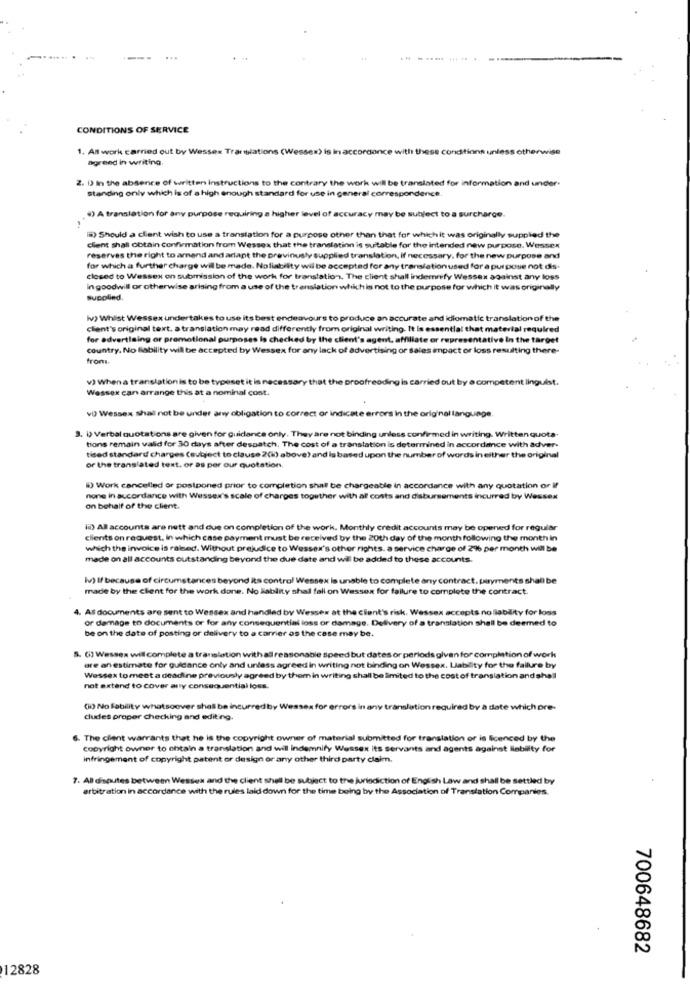
... ...... .....
CONDITIONS OF SERVICE
1. All work carried out by Wessex Translations (Wessex) is in accordance with these conditions unle
sotherwise
agreed in writing
2. D) in the absence of written instructions to the contrary the work will be translated for information and under.
standing only which is of a high enough standard for use in general correspondence
4) A translation for any purpose requiring a higher level of accuracy may be subject to a surcharge.
I) Should a client wish to use a translation for a purpose other than that for which it was originally supplied the
client shall Obtain Confirmation from Wessex that the translation is suitable for the intended new purpose. Wessex
reserves the right to amend and arlant the previously supplied translation, if necessary, for the new purpose and
for which a further charge wil be made. Noliability wil be accepted for any translation used for e purpose not dis.
closed to Wessex on submission of the work for translation. The client shall indemnify Wessex against any loss
in goodwill or otherwise arising from a use of the tr
islation which is not to the purpose for which it was originally
supplied.
Iv) Whist Wessex undertakes to use its best endeavours to produce an accurate and idiomatic translation of the
client's original text. a translation may read differently from original writing. It is essential that material required
for advertising or promotional purposes is checked by the client's agent, affiliate or representative In the target
country. No liability will be accepted by Wessex for any lack of advertising or sales impact or loss resulting there-
from
v) When a translation is to be typeset it is necessary that the proofreading is carried out by a competent linguist.
Wessex can arrange this at a nominal cost.
vQ Wessex shall not be under any obligation to correct or indicate errors in the original language.
3. I) Verbal quotations are given for guidance only. They are not binding unless confirmed in writing. Written quota-
tions remain valid for 30 days after despatch, The cost of a translation is determined in accordance with adver-
tised standard charges (subject to clause 200) above) and is based upon the number of words in either the original
of the translated text. or as per our quotation.
W) Work cancelled or postponed prior to completion shall be chargeable in accordance with any quotation or if
none in aucordance with Wessex's scale of charges together with af costs and disbursements incurred by Wessex
on behalf of the client.
is) All accounts are nett and due on completion of the work. Monthly credit accounts may be opened for regular
clients on request, In which case payment must be received by the 20th day of the month following the month in
which the invoice is raised. Without prejudice to Wessex's other rights. a service charge of 2% per month will be
made on all accounts outstanding beyond the due date and will be added to these accounts.
Iv) If because of circumstances beyond its control Wessex is unable to complete any contract. payments shall be
made by the client for the work done. No lablity shal fall on Wessex for failure to complete the contract.
As documents are sent to Wessex and handled by Wessex at the client's risk. Wessex accepts no liability for loss
or damage to documents or for any consequential loss or damage. Delivery of a translation shall be deemed to
be on the date of posting or delivery to a carrier os the case may be.
. () Wessex will complete a translation with a reasonable speed but dates or periods given for completion of work
are an estimate for guidance only and unless agreed in writing not binding on Wessex. Liability for the failure by
Wessex to meet a deadline previously agreed by them in writing shall be limited to the cost of translation and shall
not extend to Cover anty consequential loss.
(H) No Fability whatsoever shell
a for errors in any translation required by a date which pre-
cludes proper checking and editing.
6. The client warrants that he is the copyright owner of material submitted for translation or is licenced by the
copyright owner to chtain a translation and will indemnify Wessex its servants and agents against liability for
infringement of copyright patent or design or any other third party claim.
7. Al disputes between Wessex and the client shall be subject to the jurisdiction of English Law and shall be settled by
arbitration in accordance with the rules laid down for the time being by the Association of Translation Companies.
700648682
12828